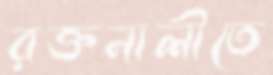
রক্তনালীতে